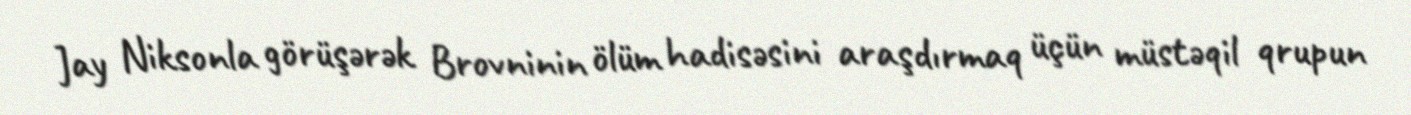
Jay Niksonla görüşərək Brovninin ölüm hadisəsini araşdırmaq üçün müstəqil qrupun